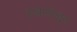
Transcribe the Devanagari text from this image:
स्थाणेश्वर